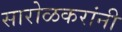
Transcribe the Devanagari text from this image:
सारोळकरांनी